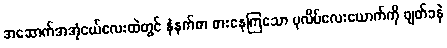
အဆောက်အအုံငယ်လေးထဲတွင် နံနက်စာ စားနေကြသော ပုလိပ်လေးယောက်ကို ဖျတ်ခနဲ